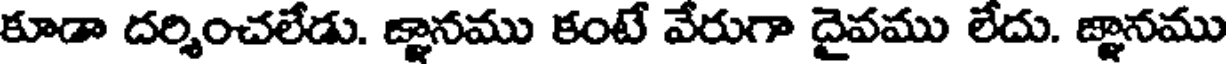
కూడా దర్శించలేడు. జ్ఞానము కంటే వేరుగా దైవము లేదు. జ్ఞానము